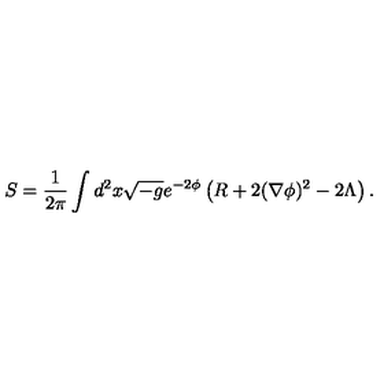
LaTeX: S = \frac { 1 } { 2 \pi } \int d ^ { 2 } x \sqrt { - g } e ^ { - 2 \phi } \left( R + 2 ( \nabla \phi ) ^ { 2 } - 2 \Lambda \right) .